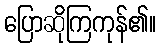
ပြောဆိုကြကုန်၏။